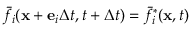
{ \bar { f } _ { i } } ( { \bf { x } } + { { \bf { e } } _ { i } } \Delta t , t + \Delta t ) = \bar { f } _ { i } ^ { * } ( { \bf { x } } , t )